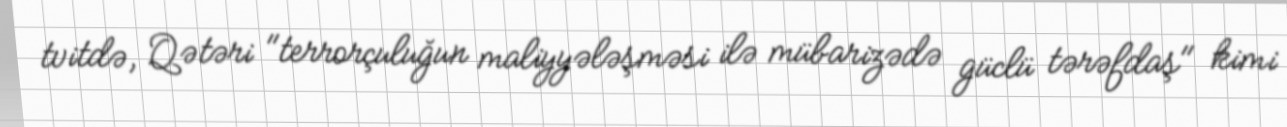
tvitdə, Qətəri "terrorçuluğun maliyyələşməsi ilə mübarizədə güclü tərəfdaş" kimi